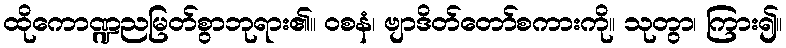
ထိုကောဏ္ဍညမြတ်စွာဘုရား၏။ ဝစနံ၊ ဗျာဒိတ်တော်စကားကို။ သုတွာ၊ ကြား၍။